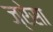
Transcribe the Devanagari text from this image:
ज्ऐसा